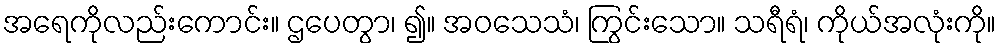
အရေကိုလည်းကောင်း။ ဌပေတွာ၊ ၍။ အဝသေသံ၊ ကြွင်းသော။ သရီရံ၊ ကိုယ်အလုံးကို။